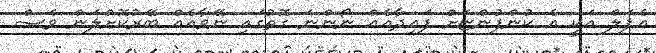
އެޕަލް އަކީ އެ ކުންފުންޏަށް ފައިދާއެއް ނޯންނަ ގޮތުގައި ނޭވާއެއް ބޭރުކޮށްލަން ވެސް